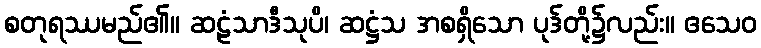
စတုရဿမည်၏။ ဆဠံသာဒီသုပိ၊ ဆဋ္ဌံသ အစရှိသော ပုဒ်တို့၌လည်း။ ဧသေဝ